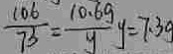
\frac { 1 0 6 } { 7 3 } = \frac { 1 0 . 6 g } { y } y = 7 : 3 g